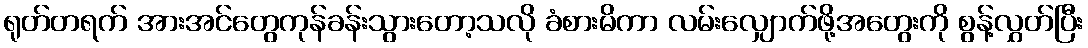
ရုတ်တရက် အားအင်တွေကုန်ခန်းသွားတော့သလို ခံစားမိကာ လမ်းလျှောက်ဖို့အတွေးကို စွန့်လွှတ်ပြီး